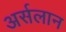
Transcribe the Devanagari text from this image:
अर्सलान